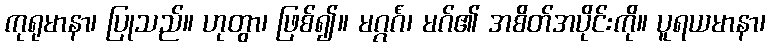
ကုရုမာနာ၊ ပြုသည်။ ဟုတွာ၊ ဖြစ်၍။ မဂ္ဂင်္ဂံ၊ မဂ်၏ အစိတ်အပိုင်းကို။ ပူရယမာနာ၊